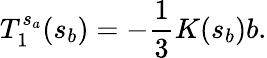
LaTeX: T_{1}^{s_{a}}(s_{b})=-{\frac{1}{3}}K(s_{b})b.